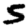
Digit: 5